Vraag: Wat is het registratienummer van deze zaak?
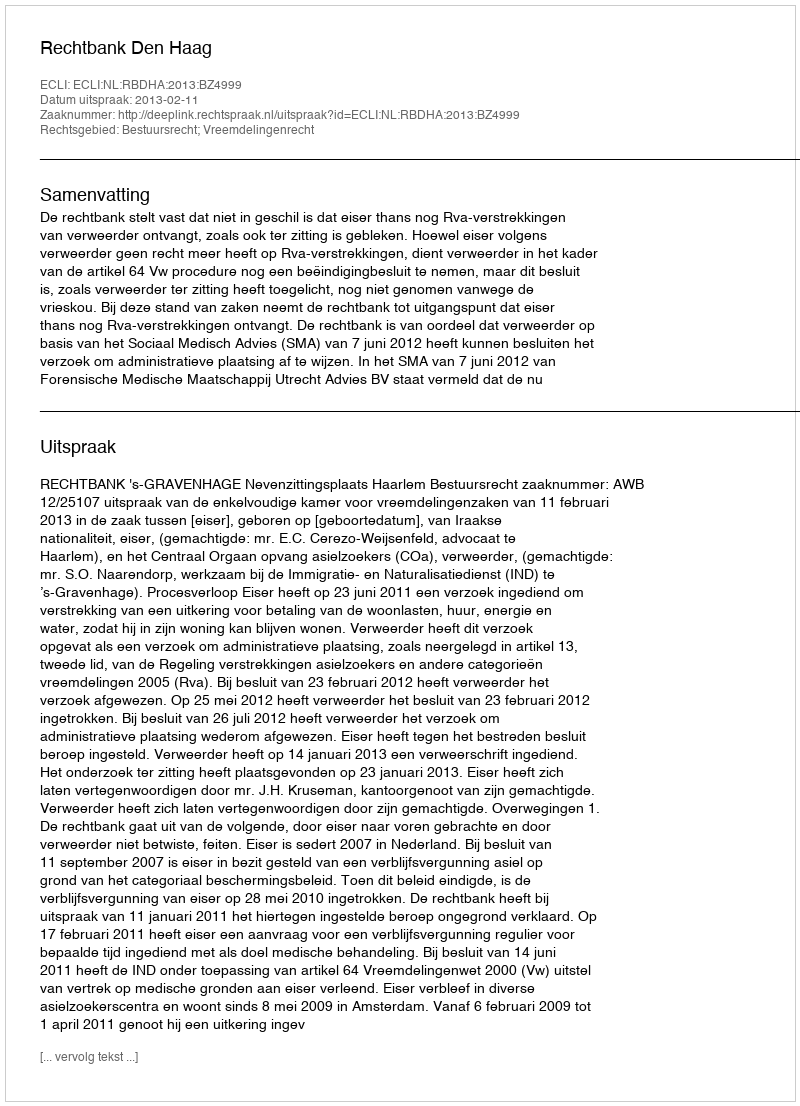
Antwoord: http://deeplink.rechtspraak.nl/uitspraak?id=ECLI:NL:RBDHA:2013:BZ4999